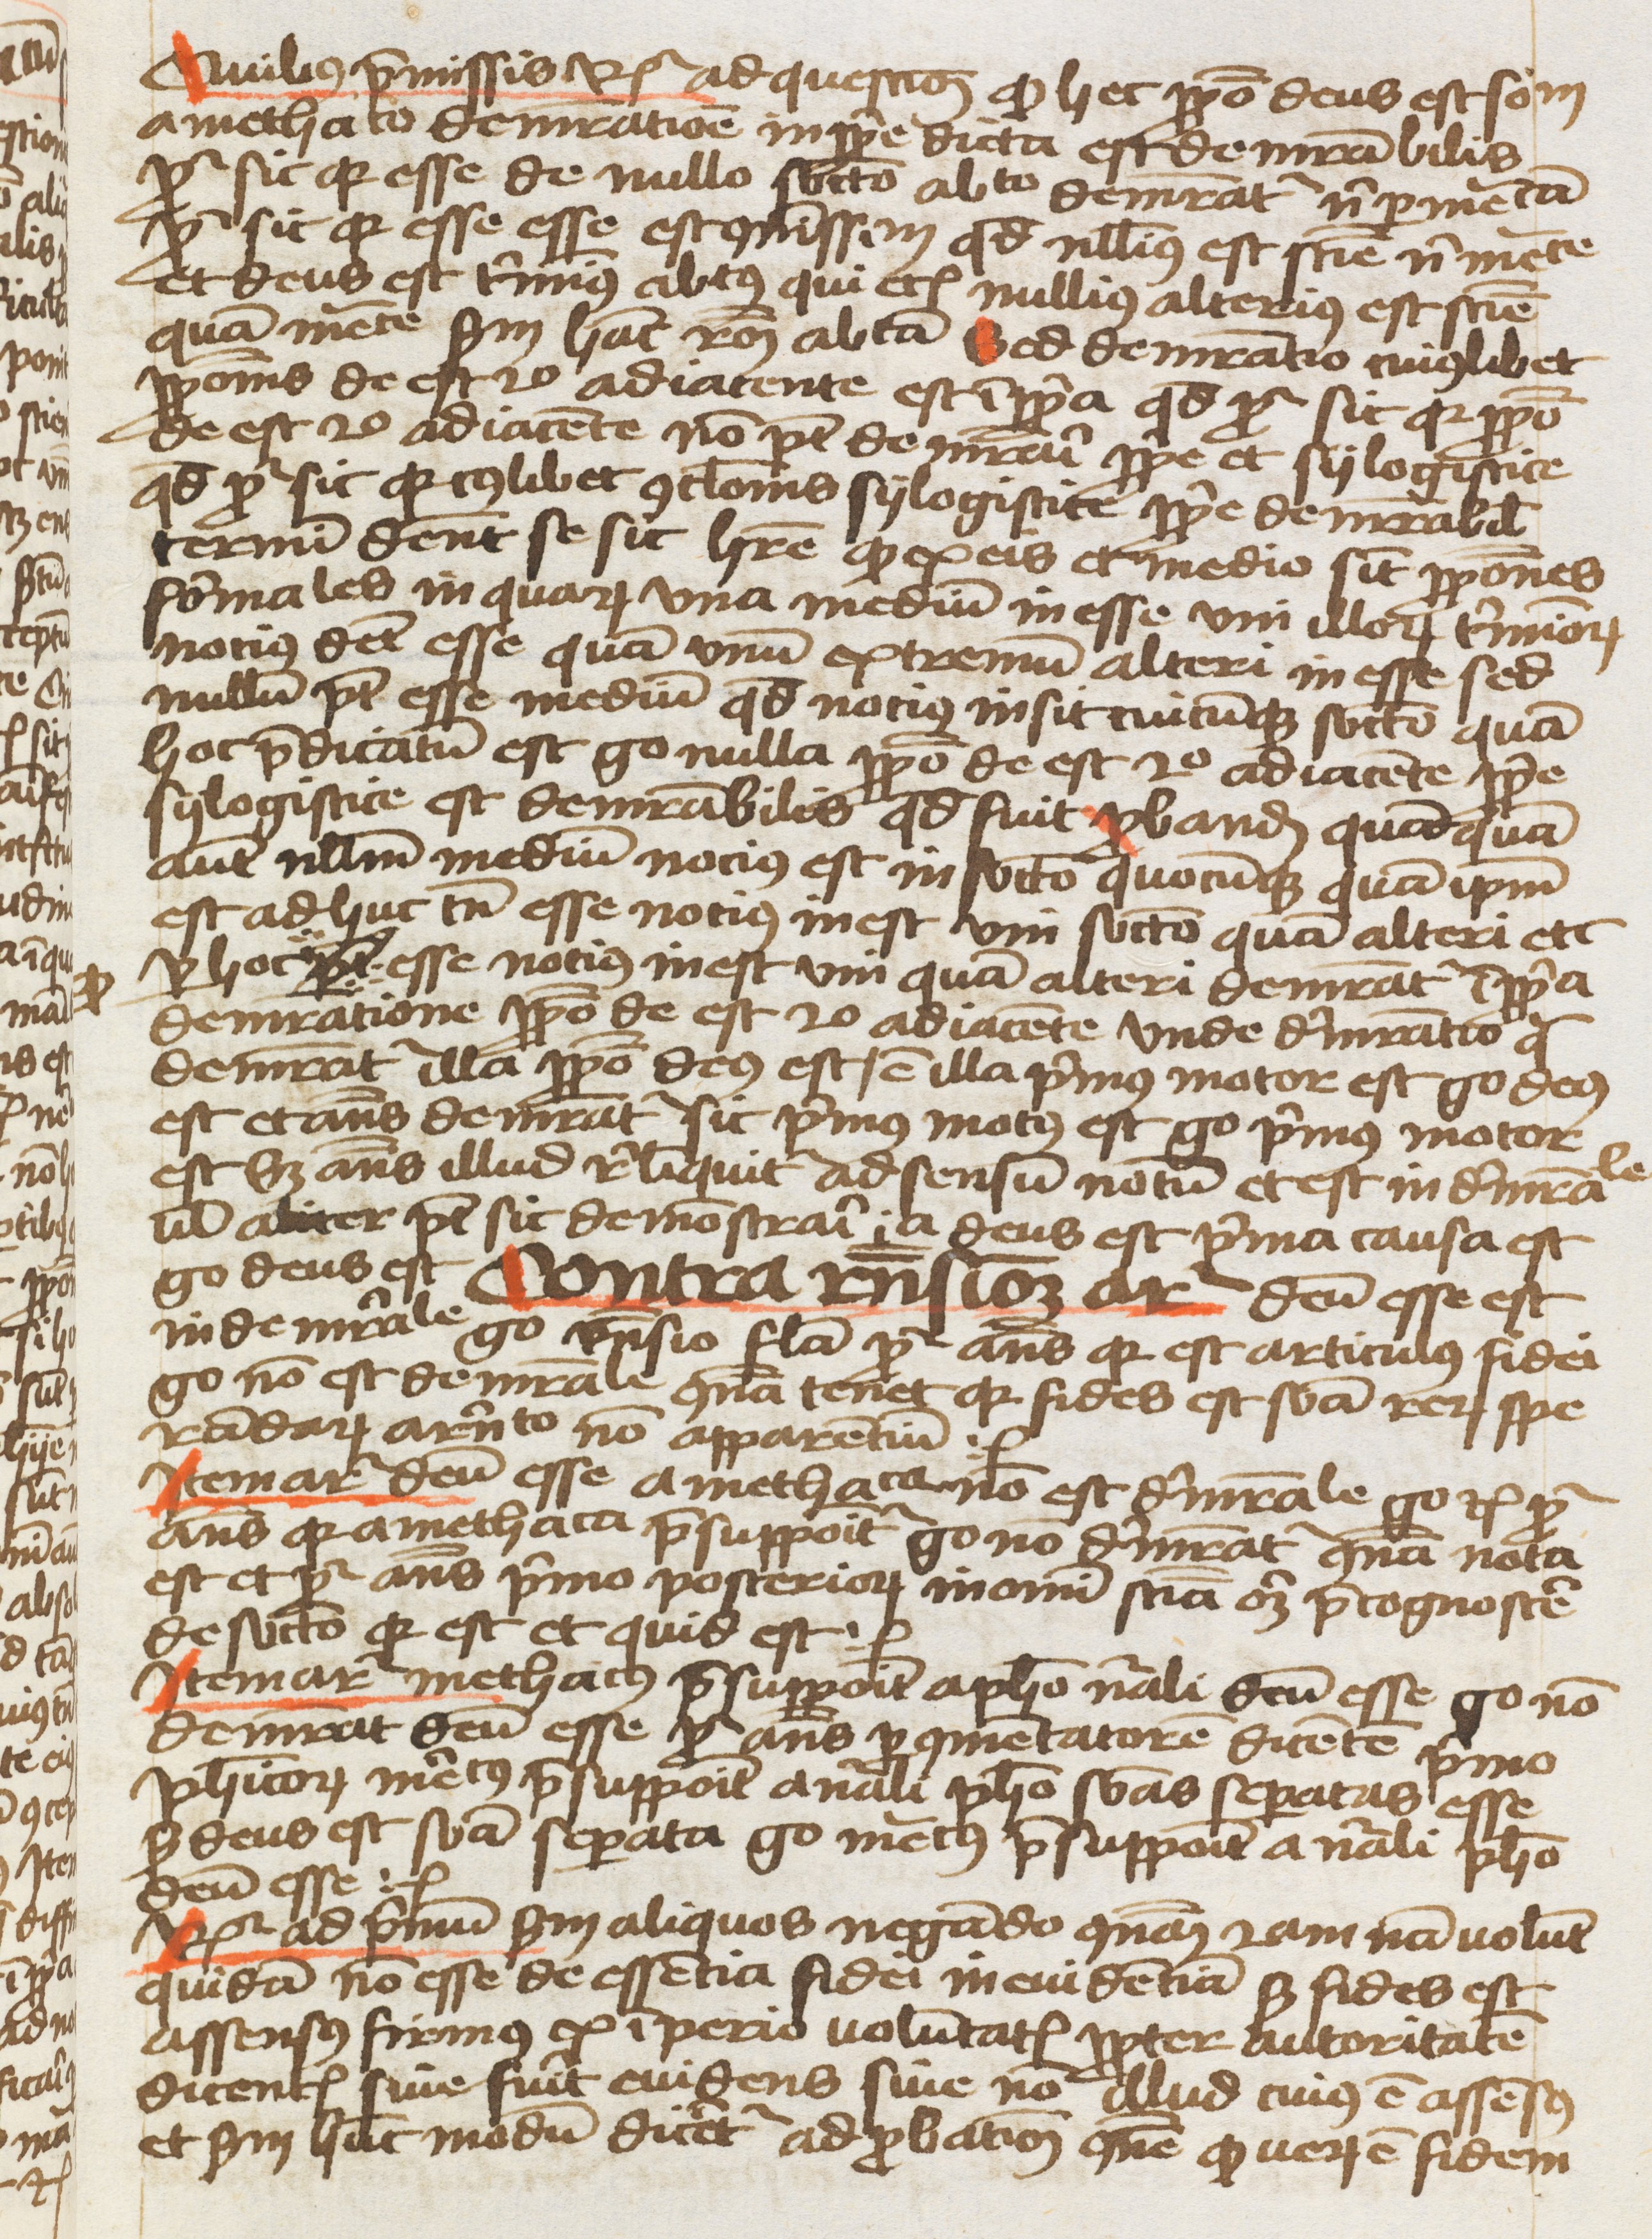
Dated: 1459–1459